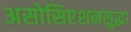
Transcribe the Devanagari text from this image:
असोसिएशनसुद्धा